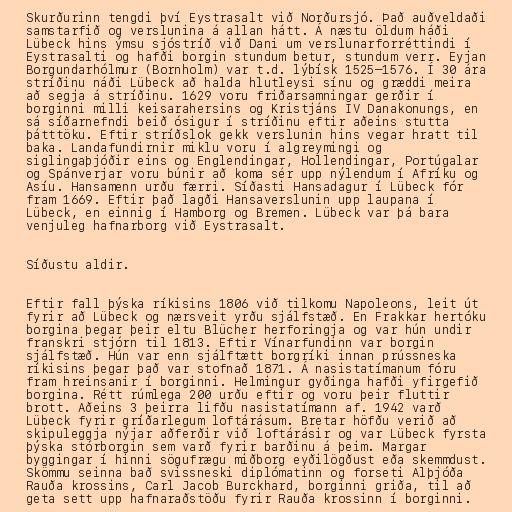
Skurðurinn tengdi því Eystrasalt við Norðursjó. Það auðveldaði
samstarfið og verslunina á allan hátt. Á næstu öldum háði
Lübeck hins ýmsu sjóstríð við Dani um verslunarforréttindi í
Eystrasalti og hafði borgin stundum betur, stundum verr. Eyjan
Borgundarhólmur (Bornholm) var t.d. lýbísk 1525–1576. Í 30 ára
stríðinu náði Lübeck að halda hlutleysi sínu og græddi meira
að segja á stríðinu. 1629 voru friðarsamningar gerðir í
borginni milli keisarahersins og Kristjáns IV Danakonungs, en
sá síðarnefndi beið ósigur í stríðinu eftir aðeins stutta
þátttöku. Eftir stríðslok gekk verslunin hins vegar hratt til
baka. Landafundirnir miklu voru í algreymingi og
siglingaþjóðir eins og Englendingar, Hollendingar, Portúgalar
og Spánverjar voru búnir að koma sér upp nýlendum í Afríku og
Asíu. Hansamenn urðu færri. Síðasti Hansadagur í Lübeck fór
fram 1669. Eftir það lagði Hansaverslunin upp laupana í
Lübeck, en einnig í Hamborg og Bremen. Lübeck var þá bara
venjuleg hafnarborg við Eystrasalt.

Síðustu aldir.

Eftir fall þýska ríkisins 1806 við tilkomu Napoleons, leit út
fyrir að Lübeck og nærsveit yrðu sjálfstæð. En Frakkar hertóku
borgina þegar þeir eltu Blücher herforingja og var hún undir
franskri stjórn til 1813. Eftir Vínarfundinn var borgin
sjálfstæð. Hún var enn sjálftætt borgríki innan prússneska
ríkisins þegar það var stofnað 1871. Á nasistatímanum fóru
fram hreinsanir í borginni. Helmingur gyðinga hafði yfirgefið
borgina. Rétt rúmlega 200 urðu eftir og voru þeir fluttir
brott. Aðeins 3 þeirra lifðu nasistatímann af. 1942 varð
Lübeck fyrir gríðarlegum loftárásum. Bretar höfðu verið að
skipuleggja nýjar aðferðir við loftárásir og var Lübeck fyrsta
þýska stórborgin sem varð fyrir barðinu á þeim. Margar
byggingar í hinni sögufrægu miðborg eyðilögðust eða skemmdust.
Skömmu seinna bað svissneski diplómatinn og forseti Alþjóða
Rauða krossins, Carl Jacob Burckhard, borginni griða, til að
geta sett upp hafnaraðstöðu fyrir Rauða krossinn í borginni.